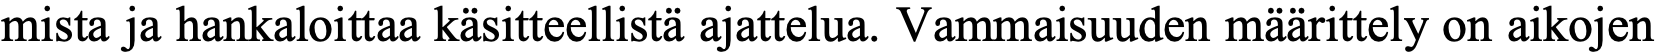
mista ja hankaloittaa käsitteellistä ajattelua. Vammaisuuden määrittely on aikojen